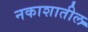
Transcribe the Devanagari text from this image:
नकाशातील